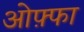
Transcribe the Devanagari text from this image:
ओफ़्फा